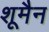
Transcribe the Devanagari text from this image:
शूमैन